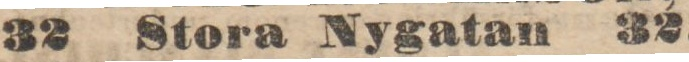
32 Stora Nygatan 32.